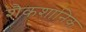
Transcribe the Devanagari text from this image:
शैकशानिक